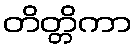
တိတ္တိကာ